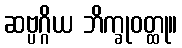
ဆဗ္ပဂ္ဂိယ ဘိက္ခုဝတ္ထု။